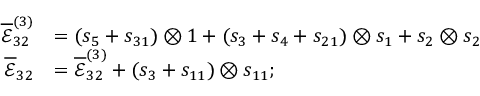
\begin{array} { r l } { \overline { { \mathcal { E } } } _ { 3 2 } ^ { ( 3 ) } } & { = ( s _ { 5 } + s _ { 3 1 } ) \otimes 1 + ( s _ { 3 } + s _ { 4 } + s _ { 2 1 } ) \otimes s _ { 1 } + s _ { 2 } \otimes s _ { 2 } } \\ { \overline { { \mathcal { E } } } _ { 3 2 } } & { = \overline { { \mathcal { E } } } _ { 3 2 } ^ { ( 3 ) } + ( s _ { 3 } + s _ { 1 1 } ) \otimes s _ { 1 1 } ; } \end{array}